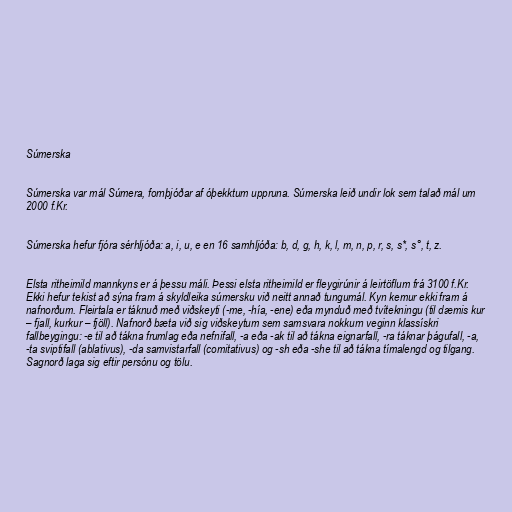
Súmerska

Súmerska var mál Súmera, fornþjóðar af óþekktum uppruna. Súmerska leið undir lok sem talað mál um
2000 f.Kr.

Súmerska hefur fjóra sérhljóða: a, i, u, e en 16 samhljóða: b, d, g, h, k, l, m, n, p, r, s, s*, s°, t, z.

Elsta ritheimild mannkyns er á þessu máli. Þessi elsta ritheimild er fleygirúnir á leirtöflum frá 3100 f.Kr.
Ekki hefur tekist að sýna fram á skyldleika súmersku við neitt annað tungumál. Kyn kemur ekki fram á
nafnorðum. Fleirtala er táknuð með viðskeyti (-me, -hía, -ene) eða mynduð með tvítekningu (til dæmis kur
– fjall, kurkur – fjöll). Nafnorð bæta við sig viðskeytum sem samsvara nokkurn veginn klassískri
fallbeygingu: -e til að tákna frumlag eða nefnifall, -a eða -ak til að tákna eignarfall, -ra táknar þágufall, -a,
-ta sviptifall (ablativus), -da samvistarfall (comitativus) og -sh eða -she til að tákna tímalengd og tilgang.
Sagnorð laga sig eftir persónu og tölu.